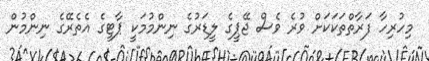
މިހުރިހާ ފަރާތްތަކަކަށް ވުރެ ވެސް ޖޭޕީގެ ލީޑަރުގެ ނިންމުމަކީ ޕާޓީގެ އެތެރޭގެ ނިންމުން